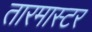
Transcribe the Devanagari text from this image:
तारमास्टर